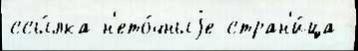
ссы́лка н'ето́чныjе стран'и́ца